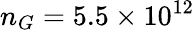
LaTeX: n_{G}=5.5\times 10^{12}